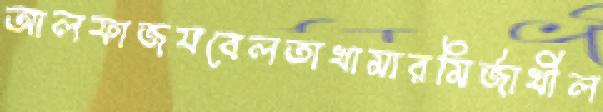
আলফাজযবেলতাখামারমির্জাখীল